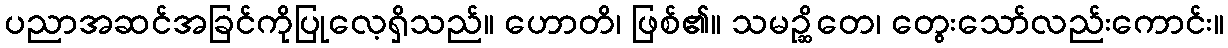
ပညာအဆင်အခြင်ကိုပြုလေ့ရှိသည်။ ဟောတိ၊ ဖြစ်၏။ သမဉ္ဆိတေ၊ တွေးသော်လည်းကောင်း။